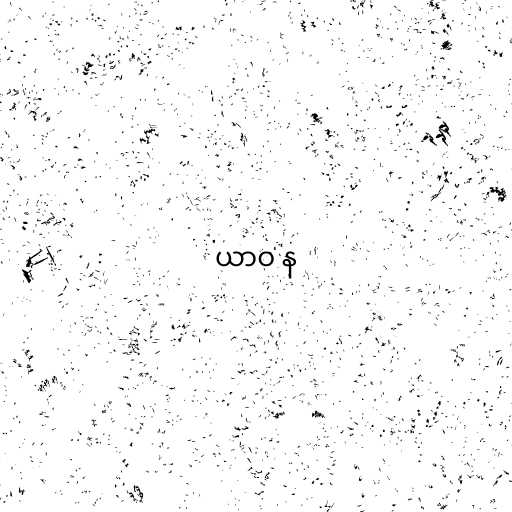
ယာဝ န